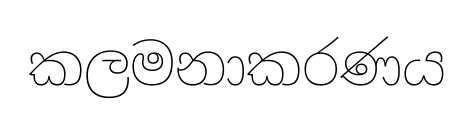
කලමනාකරණය